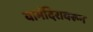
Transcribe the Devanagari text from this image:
यामंदिरावरून